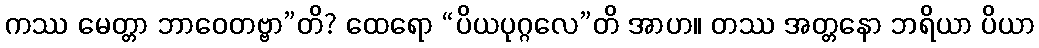
ကဿ မေတ္တာ ဘာဝေတဗ္ဗာ”တိ? ထေရော “ပိယပုဂ္ဂလေ”တိ အာဟ။ တဿ အတ္တနော ဘရိယာ ပိယာ